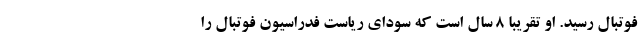
فوتبال رسید. او تقریبا 8 سال است که سودای ریاست فدراسیون فوتبال را